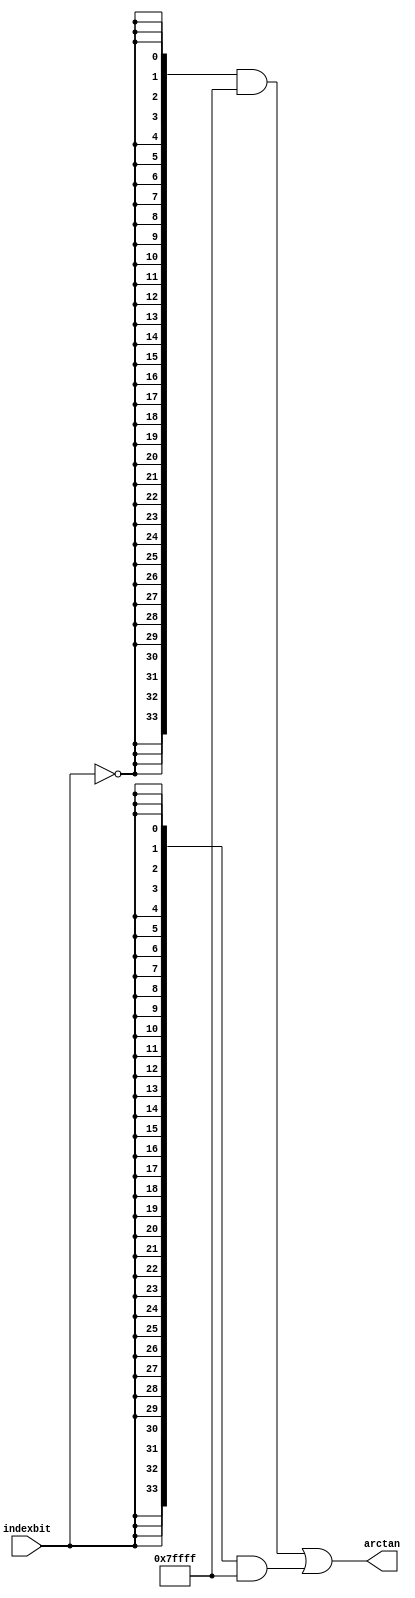
module  sin_altfp_sincos_cordic_atan_o6b
	(
	arctan,
	indexbit) ;
	output   [33:0]  arctan;
	input   indexbit;
`ifndef ALTERA_RESERVED_QIS
// synopsys translate_off
`endif
	tri0   indexbit;
`ifndef ALTERA_RESERVED_QIS
// synopsys translate_on
`endif
	wire  [47:0]  valuenode_13_w;
	wire  [47:0]  valuenode_15_w;
	assign
		arctan = (({34{(~ indexbit)}} & valuenode_13_w[47:14]) | ({34{indexbit}} & valuenode_15_w[45:12])),
		valuenode_13_w = 48'b000000000000000111111111111111111111111111010101,
		valuenode_15_w = 48'b000000000000000001111111111111111111111111111111;
endmodule